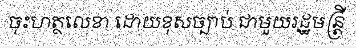
ចុះហត្ថលេខា ដោយខុសច្បាប់ ជាមួយរដ្ឋមន្ត្រី